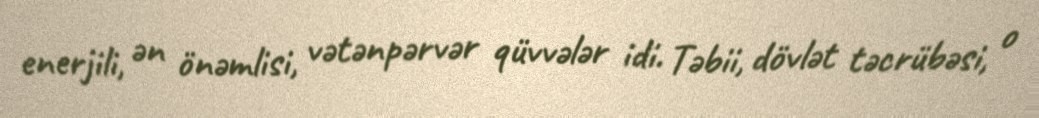
enerjili, ən önəmlisi, vətənpərvər qüvvələr idi. Təbii, dövlət təcrübəsi, o